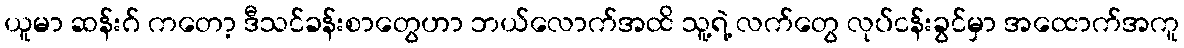
ယူမာ ဆန်းဂ် ကတော့ ဒီသင်ခန်းစာတွေဟာ ဘယ်လောက်အထိ သူ့ရဲ့ လက်တွေ လုပ်ငန်းခွင်မှာ အထောက်အကူ